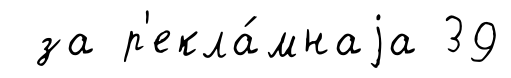
за р'екла́мнаjа 39